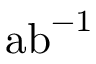
\mathrm { { a b } ^ { - 1 } }